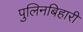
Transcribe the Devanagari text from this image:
पुलिनबिहारी